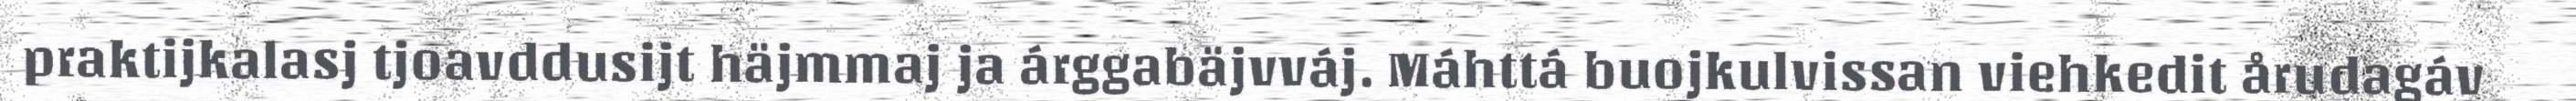
praktijkalasj tjoavddusijt häjmmaj ja árggabäjvváj. Máhttá buojkulvissan viehkedit årudagáv